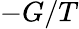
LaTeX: -G/T